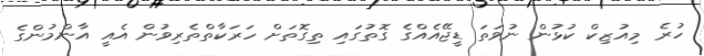
ހުރެ މިއުޒިކް ކުޅުން ނުވަތަ ޑީޖޭއެއްގެ ގޮތުގައި ތިގޮތަށް ހަރަކާތްތެރިވުން އެއީ އާންމުންގެ